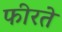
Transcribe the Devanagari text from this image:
फीरते